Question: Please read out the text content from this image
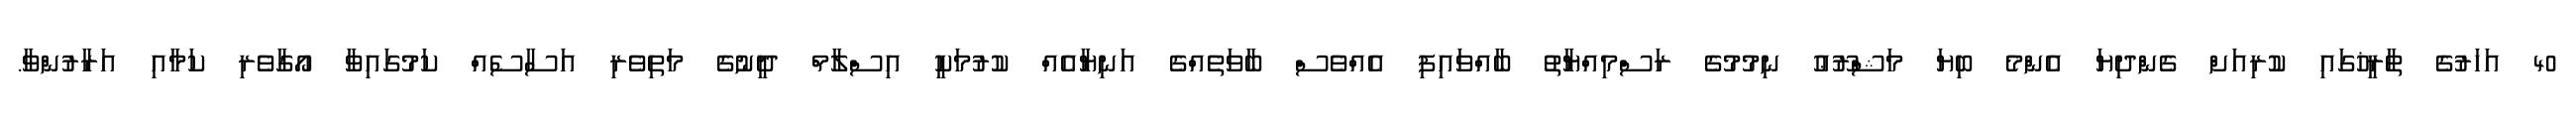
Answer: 40 އަހަރުގެ ތާރީޚުގައި ކުރިއަށް ގެންދިޔަ އެންމެ ބިޔަ މަޝްރޫޢު ނިމުމުގެ ރަސްމިއްޔާތު ބާއްވައިފި އެއްވެސް ބާވަތެއްގެ އަނިޔާއެއް ކުރުމަކީ އިސްލާމް ދީނުގެ މަތިވެރި އަސާސެއް ކަމުގައިވާ އޯގާވެރި ކަމާއި އަރާރުންވާ.